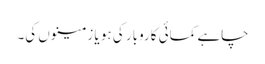
چاہے کمائی کاروبار کی ہو یا زمینوں کی۔